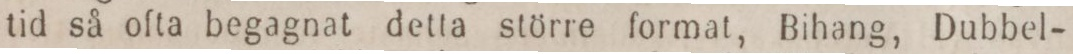
tid så ofta begagnat detta större format, Bihang, Dubbel-